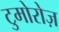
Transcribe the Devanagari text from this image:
टुमोरोज़